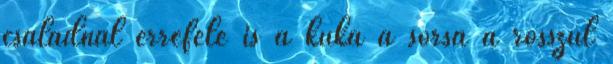
családnál errefelé is a kuka a sorsa a rosszul